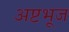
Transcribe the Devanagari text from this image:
अष्टभूज